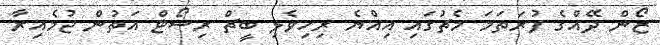
ޒޯން ދޭއްގެ ފުރަތަމަ މެޗުގައި އިއްޔެ ރިހިވެލި ބީޗް ރިސޯޓް އަތުން ޖުމެއިރާ